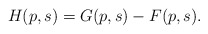
\begin{align*}H(p,s) = G(p,s) - F(p,s).\end{align*}